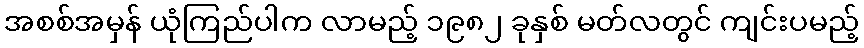
အစစ်အမှန် ယုံကြည်ပါက လာမည့် ၁၉၈၂ ခုနှစ် မတ်လတွင် ကျင်းပမည့်